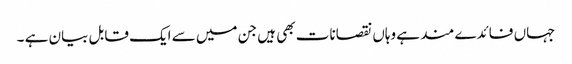
جہاں فائدے مند ہے وہاں نقصانات بھی ہیں جن میں سے ایک قابل بیان ہے ۔